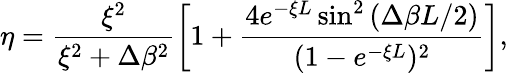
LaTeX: \eta=\frac{\xi^{2}}{\xi^{2}+\Delta\beta^{2}}\left[1+\frac{4e^{-\xi L}\sin^{2}{(\Delta\beta L/2)}}{(1-e^{-\xi L})^{2}}\right],